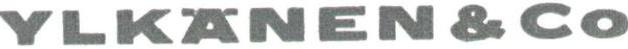
YLKÄNEN & Co